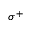
\sigma ^ { + }